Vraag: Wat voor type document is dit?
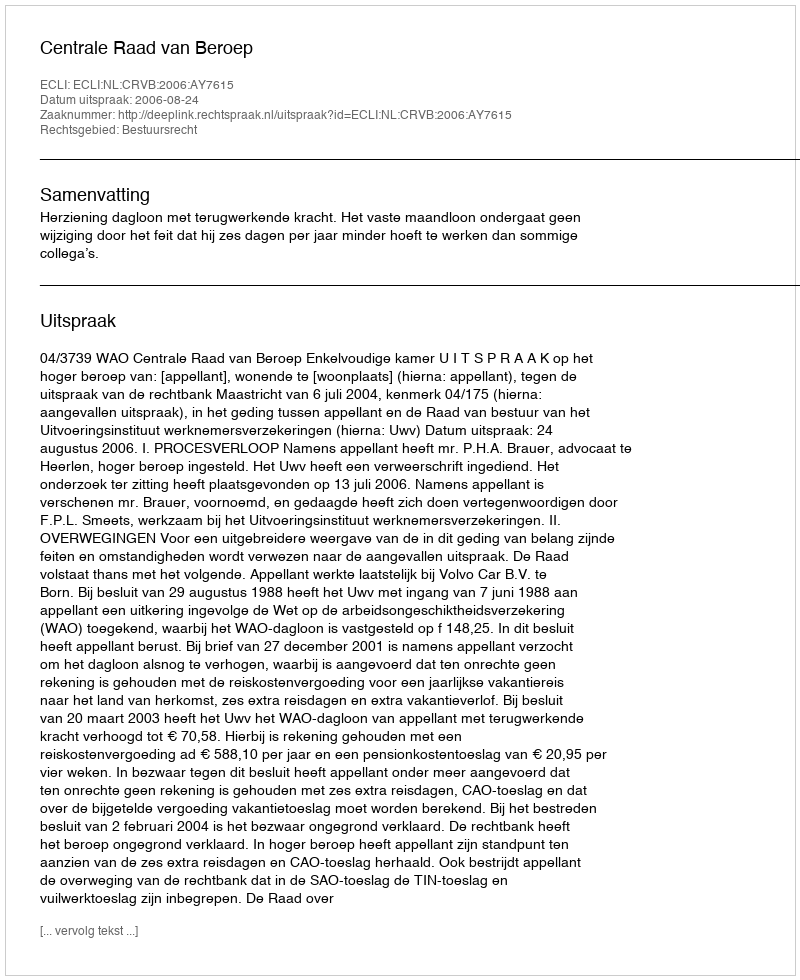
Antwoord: Uitspraak